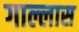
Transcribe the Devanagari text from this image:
गाल्लास